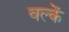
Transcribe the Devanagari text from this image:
वल्कें